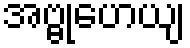
အဗ္ဗုဟေယျ